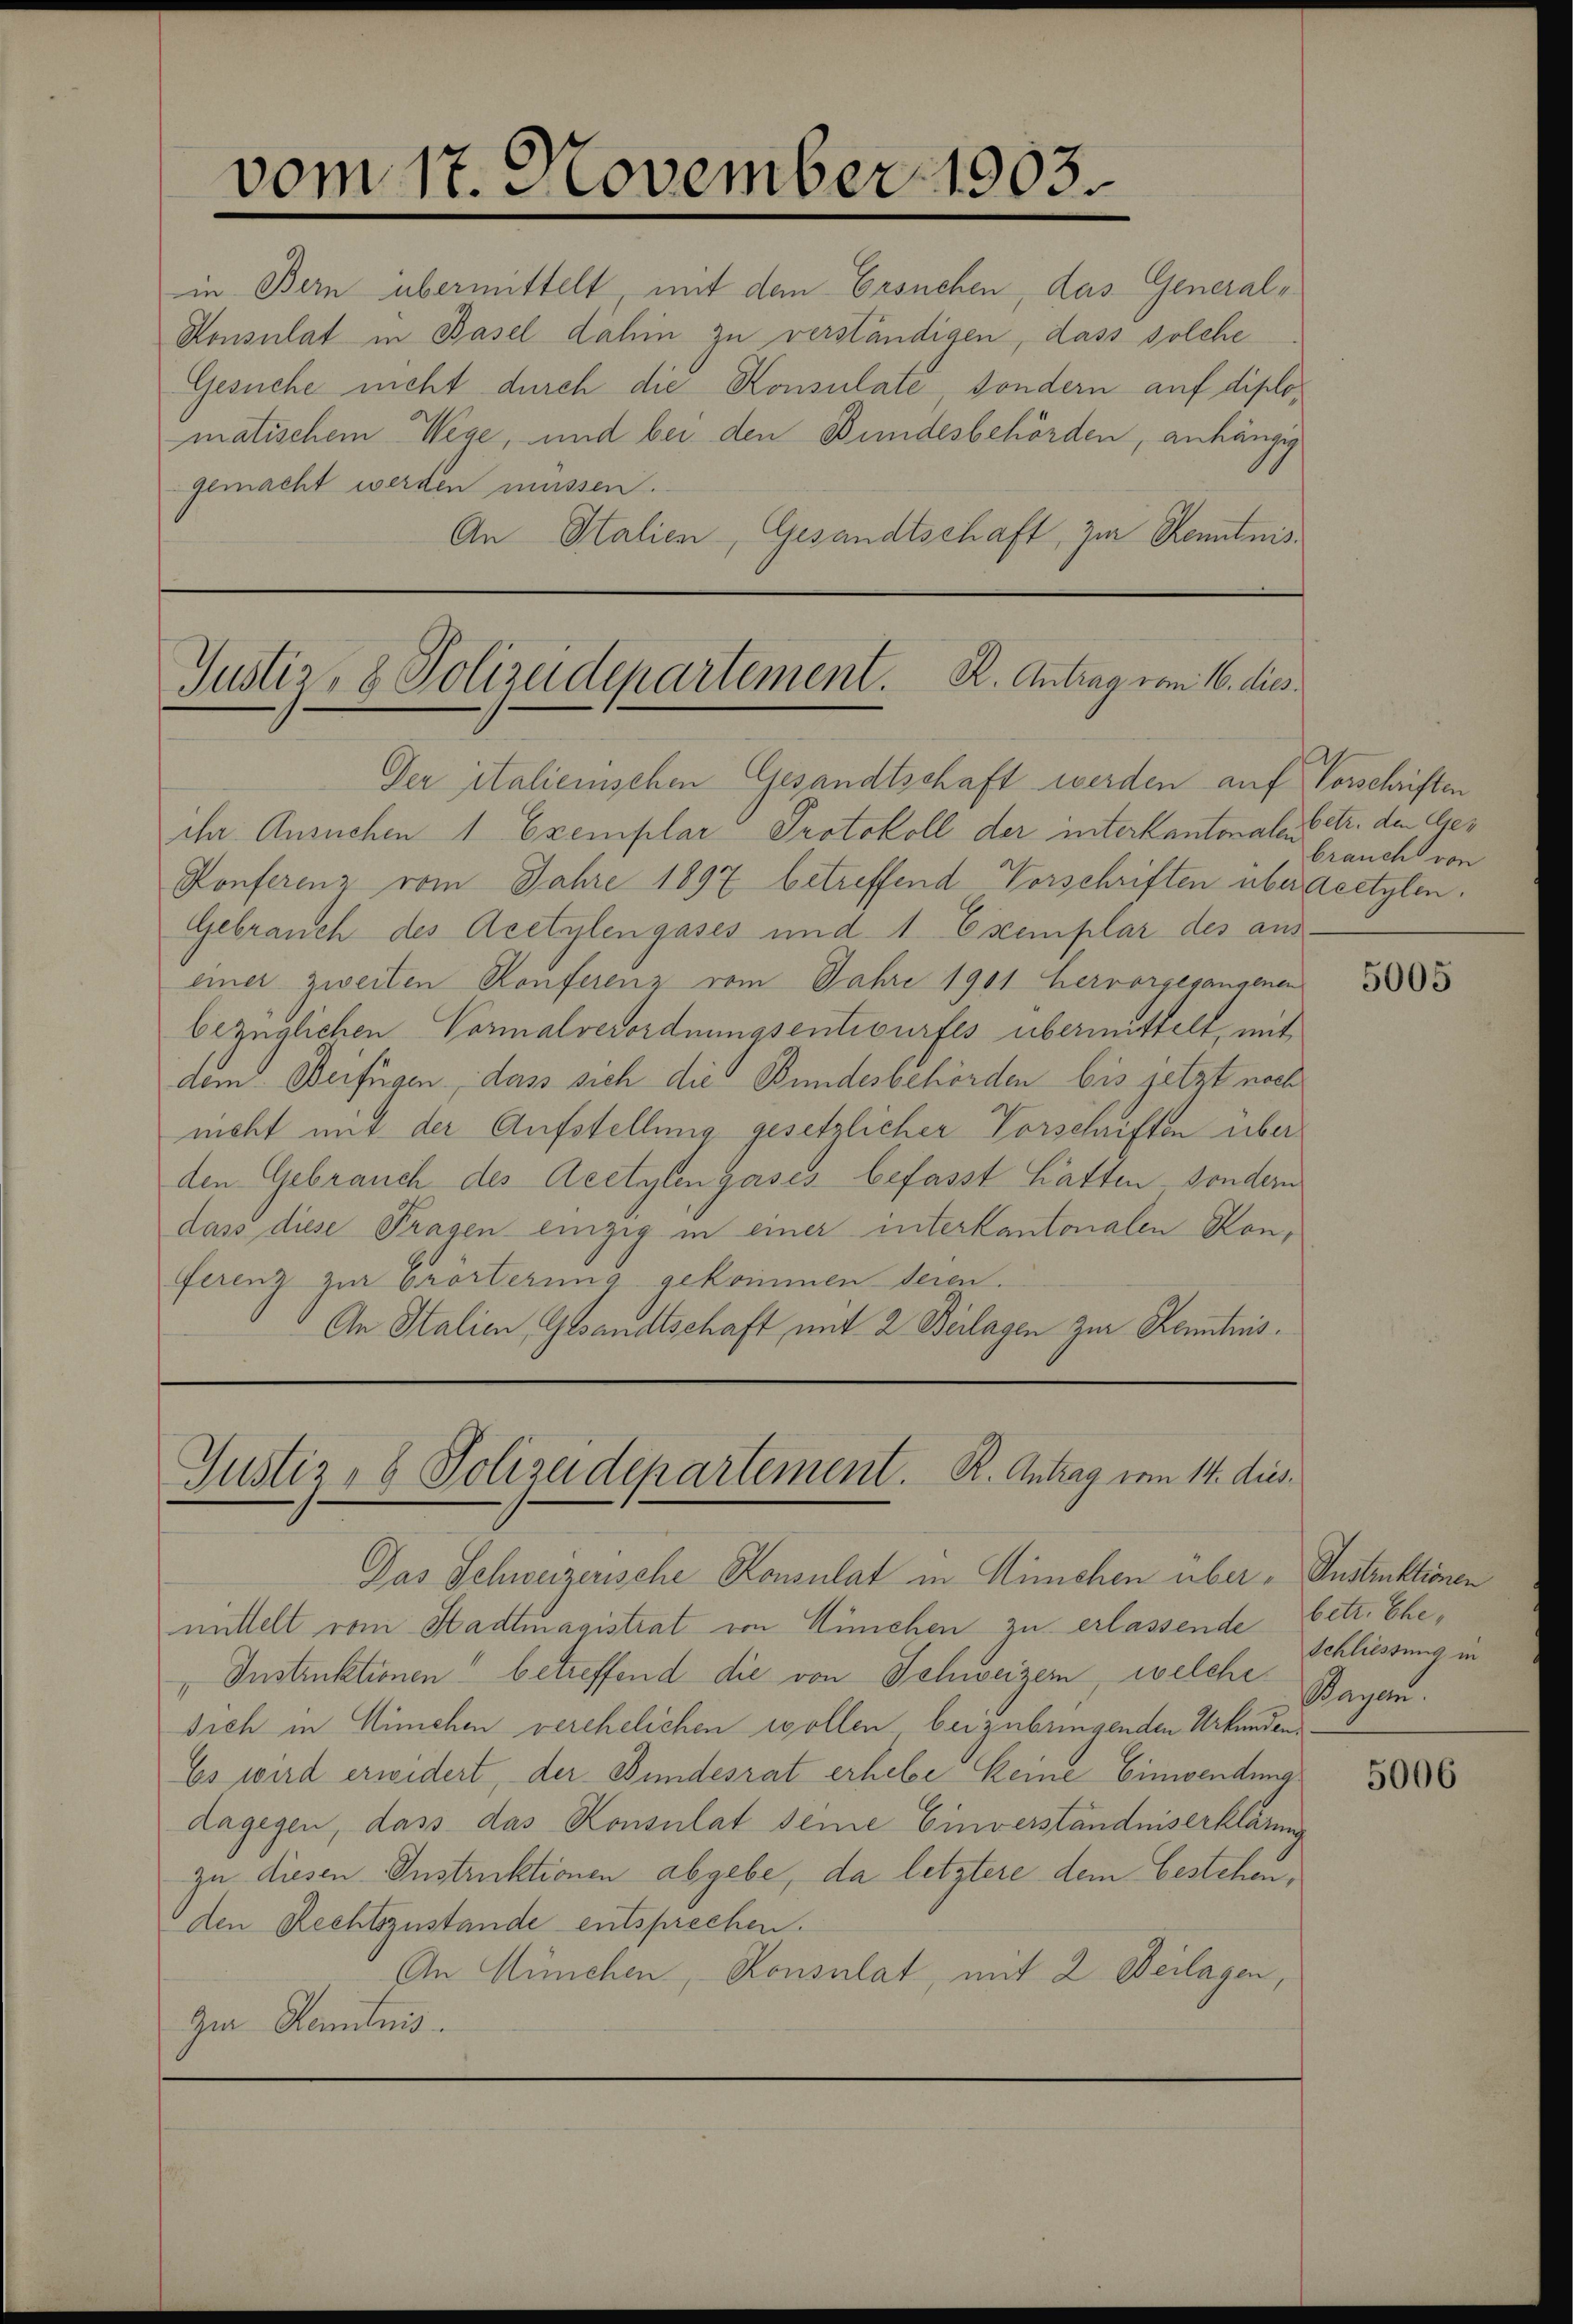
vom 17. November 1903.

in Bern übermittelt, mit dem Ersuchen, das General-
Konsulat in Basel dahin zu verständigen, dass solche
Gesuche nicht durch die Konsulate, sondern auf diplomatischem Wege, und bei den Bundesbehörden, anhängig
gemacht werden müssen.
An Italien, Gesandtschaft, zur Kenntnis¬

Justiz- & Polizeidepartement. R. Antrag vom 16. dies
Der italienischen Gesandtschaft werden auf Vorschriften

ihr Ansuchen 1 Exemplar Protokoll der interkantonalen betr. den Ge¬
Konferenz vom Jahre 1897 betreffend Vorschriften über deetylen.
Gebrauch des Acetylengases und 1 Exemplar des aus
einer zweiten Konferenz vom Jahre 1901 hervorgesangenen
bezüglichen Vormalverordnungsentwurfes übermittelt, mit
dem Beifügen, dass sich die Bundesbehörden bis jetzt noch
nicht mit der Aufstellung gesetzlicher Vorschriften über
den Gebrauch des Acctylengases befasst hatten sondern
dass diese Tragen einzig in einer interkantonalen Konferenz zur Erörterung gekommen deren.
An Italien, Gesandtschaft mit 2 Beilagen zur Kenntnis.

Justiz- & Polizeidepartement. R. Antrag vom 14. dies

Das Schweizerische Konsulat in Winchen über - Instruktionen
mittelt vom Stadtmagistrat von München zu erlassende betr. Ehe,
„ Instruktionen“ betreffend die von Schweizer, welche
sich in München verehelichen wollen beizubringenden Urkunden
Es wird erwidert, der Bundesrat erhebe keine Einwendung
dagegen, dass das Konsulat seine Einverständniserklärung
zu diesen Instruktionen abgebe, da letztere dem bestehenden Rechtszustande entsprechen.
An München, Konsulat, mit 2 Beilagen,
Zia Kenntnis.

brauch von

5005

Schliessung in
agan.

5006